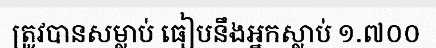
ត្រូវបានសម្លាប់ ធៀបនឹងអ្នកស្លាប់ ១.៧០០